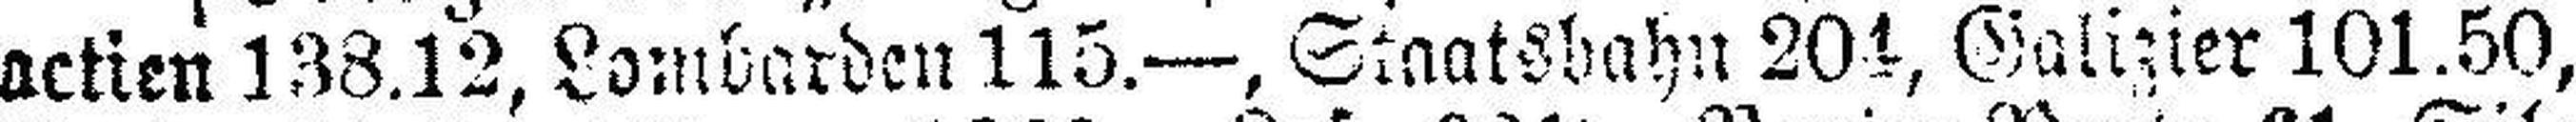
actien 138.12, Lombarden 115.—, Staatsbahn 204, Galizier 101.50,